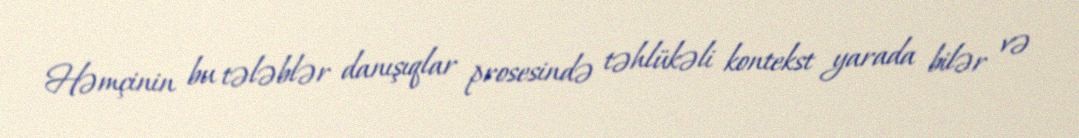
Həmçinin bu tələblər danışıqlar prosesində təhlükəli kontekst yarada bilər və